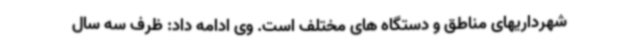
شهرداریهای مناطق و دستگاه های مختلف است. وی ادامه داد: ظرف سه سال